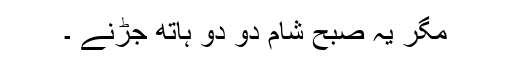
مگر یہ صبح شام دو دو ہاتھ جڑنے ۔